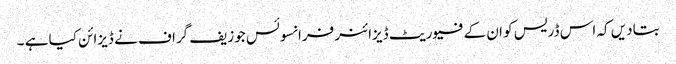
بتادیں کہ اس ڈریس کو ان کے فیوریٹ ڈیزائنر فرانسوئس جوزیف گراف نے ڈیزائن کیا ہے ۔